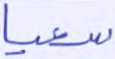
سعيا